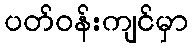
ပတ်ဝန်းကျင်မှာ